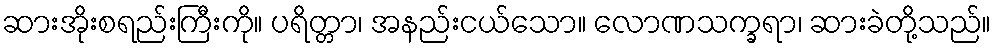
ဆားအိုးစရည်းကြီးကို။ ပရိတ္တာ၊ အနည်းငယ်သော။ လောဏသက္ခရာ၊ ဆားခဲတို့သည်။